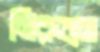
নিরুত্তম